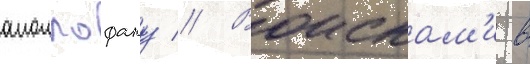
аполлофану // Воискам'и в